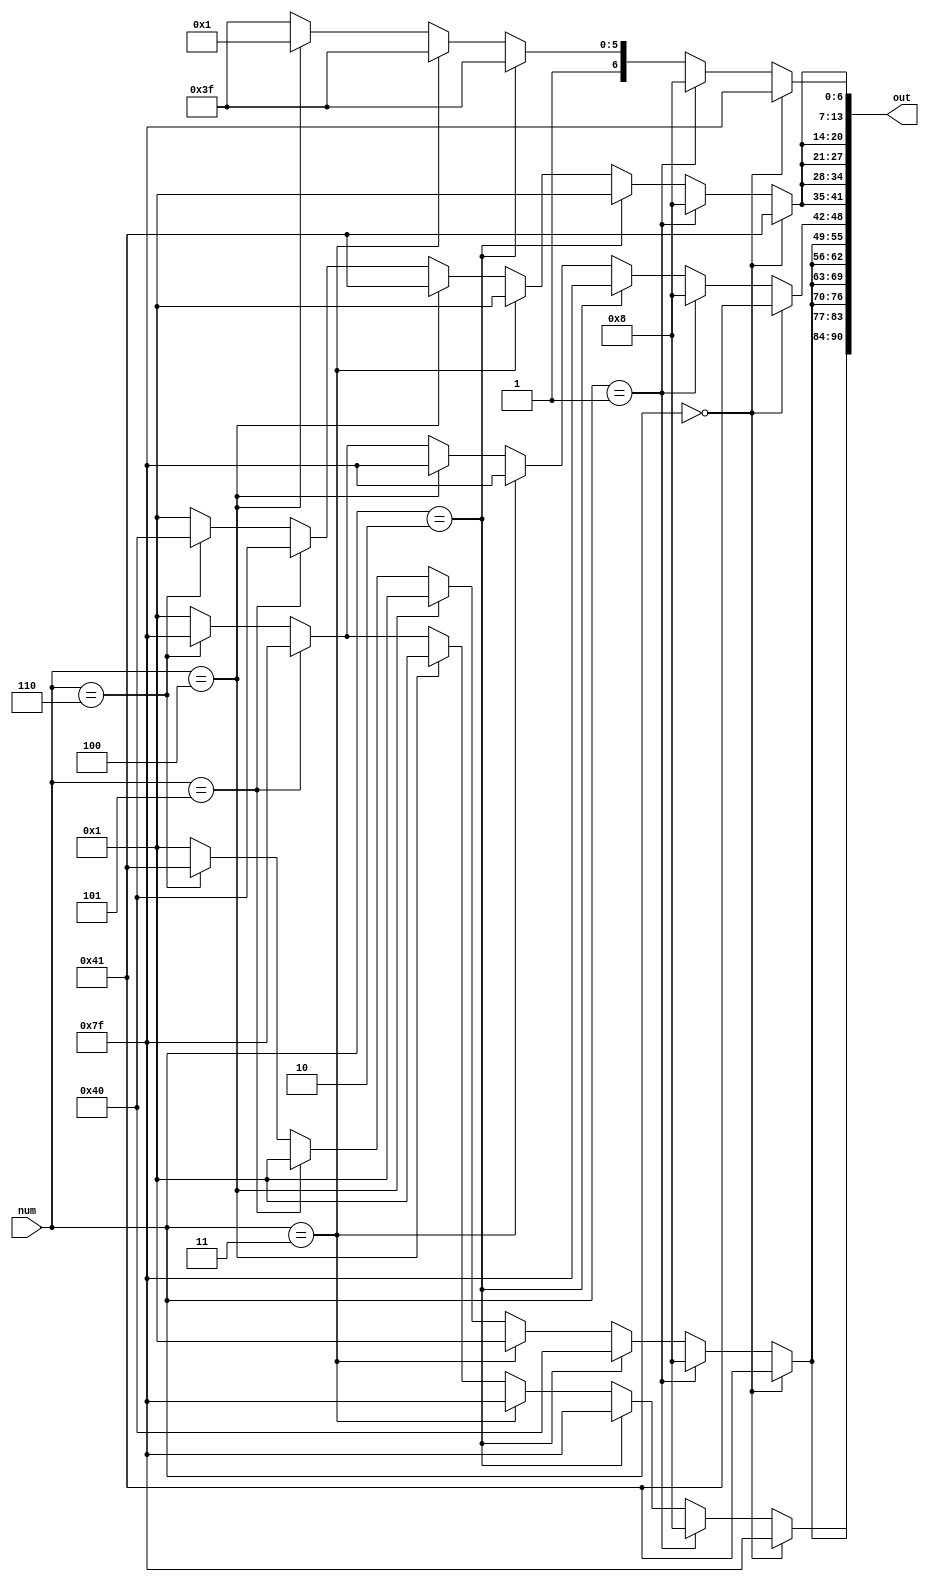
`timescale 1ns/1ps

//-------------------------------------------------------
// Purpose      : Hw Syn Lab 2/2018
// Developers   : Natchanon A.
//-------------------------------------------------------

module number_generator(
    output reg [90:0] out,
    input wire [2:0] num
    );

    always @(num)
    begin
        if (num == 0) begin
            out[6:0]   = 7'b1111111;
            out[13:7]  = 7'b1000001;
            out[20:14] = 7'b1000001;
            out[27:21] = 7'b1000001;
            out[34:28] = 7'b1000001;
            out[41:35] = 7'b1000001;
            out[48:42] = 7'b1000001;
            out[55:49] = 7'b1000001;
            out[62:56] = 7'b1000001;
            out[69:63] = 7'b1000001;
            out[76:70] = 7'b1000001;
            out[83:77] = 7'b1000001;
            out[90:84] = 7'b1111111;
        end
        else if (num == 1) begin
            out[6:0]   = 7'b0001000;
            out[13:7]  = 7'b0001000;
            out[20:14] = 7'b0001000;
            out[27:21] = 7'b0001000;
            out[34:28] = 7'b0001000;
            out[41:35] = 7'b0001000;
            out[48:42] = 7'b0001000;
            out[55:49] = 7'b0001000;
            out[62:56] = 7'b0001000;
            out[69:63] = 7'b0001000;
            out[76:70] = 7'b0001000;
            out[83:77] = 7'b0001000;
            out[90:84] = 7'b0001000;
        end
        else if (num == 2) begin
            out[6:0]   = 7'b1111111;
            out[13:7]  = 7'b0000001;
            out[20:14] = 7'b0000001;
            out[27:21] = 7'b0000001;
            out[34:28] = 7'b0000001;
            out[41:35] = 7'b0000001;
            out[48:42] = 7'b1111111;
            out[55:49] = 7'b1000000;
            out[62:56] = 7'b1000000;
            out[69:63] = 7'b1000000;
            out[76:70] = 7'b1000000;
            out[83:77] = 7'b1000000;
            out[90:84] = 7'b1111111;
        end
        else if (num == 3) begin
            out[6:0]   = 7'b1111111;
            out[13:7]  = 7'b0000001;
            out[20:14] = 7'b0000001;
            out[27:21] = 7'b0000001;
            out[34:28] = 7'b0000001;
            out[41:35] = 7'b0000001;
            out[48:42] = 7'b1111111;
            out[55:49] = 7'b0000001;
            out[62:56] = 7'b0000001;
            out[69:63] = 7'b0000001;
            out[76:70] = 7'b0000001;
            out[83:77] = 7'b0000001;
            out[90:84] = 7'b1111111;
        end
        else if (num == 4) begin
            out[6:0]   = 7'b1000001;
            out[13:7]  = 7'b1000001;
            out[20:14] = 7'b1000001;
            out[27:21] = 7'b1000001;
            out[34:28] = 7'b1000001;
            out[41:35] = 7'b1000001;
            out[48:42] = 7'b1111111;
            out[55:49] = 7'b0000001;
            out[62:56] = 7'b0000001;
            out[69:63] = 7'b0000001;
            out[76:70] = 7'b0000001;
            out[83:77] = 7'b0000001;
            out[90:84] = 7'b0000001;
        end
        else if (num == 5) begin
            out[6:0]   = 7'b1111111;
            out[13:7]  = 7'b1000000;
            out[20:14] = 7'b1000000;
            out[27:21] = 7'b1000000;
            out[34:28] = 7'b1000000;
            out[41:35] = 7'b1000000;
            out[48:42] = 7'b1111111;
            out[55:49] = 7'b0000001;
            out[62:56] = 7'b0000001;
            out[69:63] = 7'b0000001;
            out[76:70] = 7'b0000001;
            out[83:77] = 7'b0000001;
            out[90:84] = 7'b1111111;
        end
        else if (num == 6) begin
            out[6:0]   = 7'b1111111;
            out[13:7]  = 7'b1000000;
            out[20:14] = 7'b1000000;
            out[27:21] = 7'b1000000;
            out[34:28] = 7'b1000000;
            out[41:35] = 7'b1000000;
            out[48:42] = 7'b1111111;
            out[55:49] = 7'b1000001;
            out[62:56] = 7'b1000001;
            out[69:63] = 7'b1000001;
            out[76:70] = 7'b1000001;
            out[83:77] = 7'b1000001;
            out[90:84] = 7'b1111111;
        end
        else begin
            out[6:0]   = 7'b1111111;
            out[13:7]  = 7'b0000001;
            out[20:14] = 7'b0000001;
            out[27:21] = 7'b0000001;
            out[34:28] = 7'b0000001;
            out[41:35] = 7'b0000001;
            out[48:42] = 7'b0000001;
            out[55:49] = 7'b0000001;
            out[62:56] = 7'b0000001;
            out[69:63] = 7'b0000001;
            out[76:70] = 7'b0000001;
            out[83:77] = 7'b0000001;
            out[90:84] = 7'b0000001;
        end
    end

endmodule